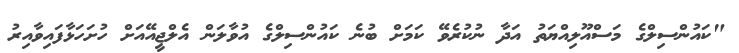
"ކައުންސިލްގެ މަސްއޫލިއްޔަތު އަދާ ނުކުރެވޭ ކަމަށް ބުނެ ކައުންސިލްގެ އުވާލަން އެލްޖީއޭއަށް ހުށަހަޅާފައިވާއިރު